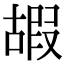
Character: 嘏